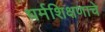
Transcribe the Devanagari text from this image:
धर्मशिक्षणाचे